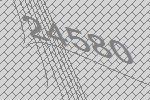
24580